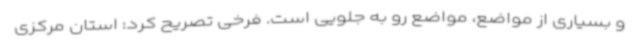
و بسیاری از مواضع، مواضع رو به جلویی است. فرخی تصریح کرد: استان مرکزی